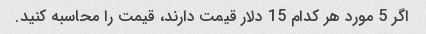
اگر 5 مورد هر کدام 15 دلار قیمت دارند، قیمت را محاسبه کنید.